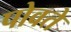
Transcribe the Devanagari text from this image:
पोवते